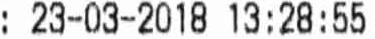
: 23-03-2018 13:28:55